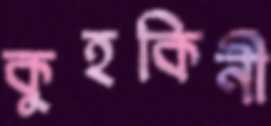
কুহকিনী